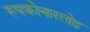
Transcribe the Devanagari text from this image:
रुपकोनारलोइ